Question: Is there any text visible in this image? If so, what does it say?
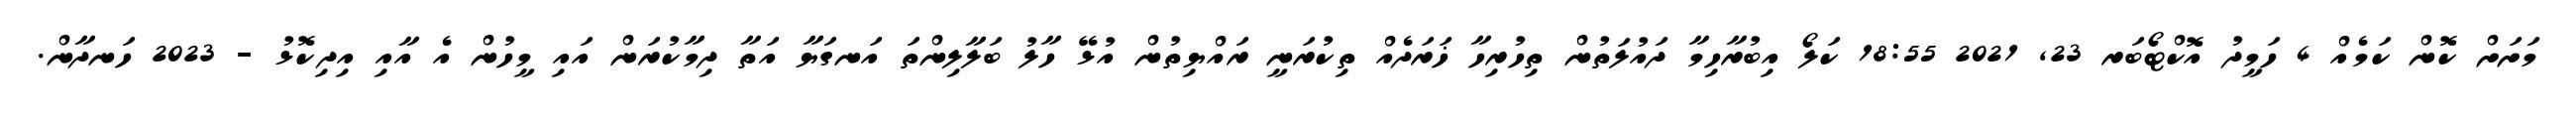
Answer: މަށަށް ކޮން ކަމެއް 4 ހަމީދު އޮކްޓޯބަރ 23, 2021 18:55 ކަލޯ އިބުރާހިމާ ދައުލަތުން ތިހުރިހާ ޚަރަދެއް ތިކުރަނީ ރައްޔިތުން އުޅޭ ހާލު ބަލާލިންތަ އަނގަޔާ އަތާ ދިމާކުރަން އައި މީހުން އެ އާއި އިދިކޮޅު - 2023 ހަނދާން.